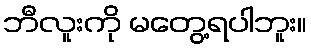
ဘီလူးကို မတွေ့ရပါဘူး။